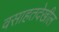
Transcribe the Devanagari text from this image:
वसाहतदेखील